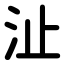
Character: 沚